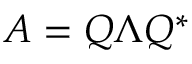
A = Q \Lambda Q ^ { * }